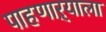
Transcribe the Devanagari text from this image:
पाहणाऱ्याला